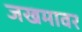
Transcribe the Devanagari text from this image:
जखमावर